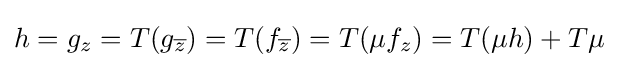
\displaystyle h=g_{z}=T(g_{\overline {z}})=T(f_{\overline {z}})=T(\mu f_{z})=T(\mu h)+T\mu